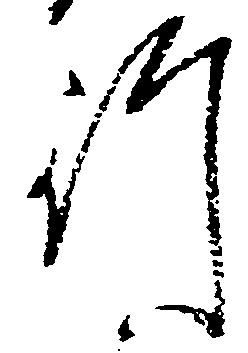
行